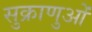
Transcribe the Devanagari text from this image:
सुक्राणुओं